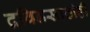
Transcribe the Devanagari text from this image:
द्रविडसाठीही